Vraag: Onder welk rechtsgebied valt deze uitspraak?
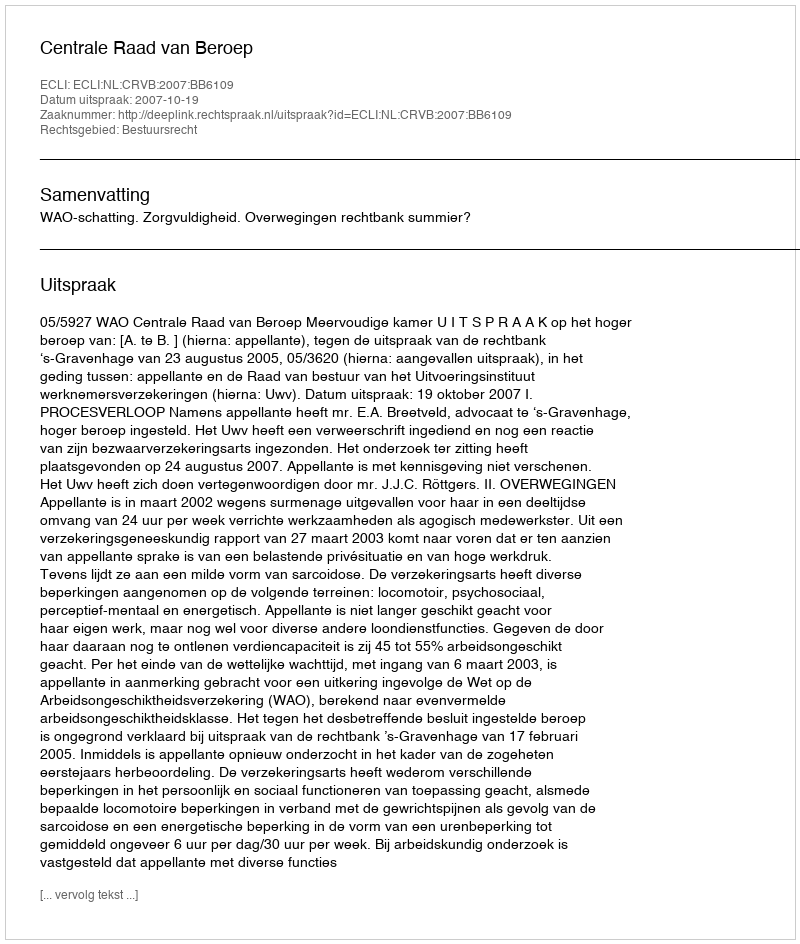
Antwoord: Bestuursrecht